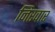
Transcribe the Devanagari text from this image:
निरवार